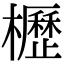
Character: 櫪